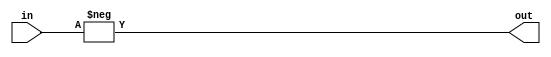

// test_simulation_inc_16_test.v
module f1_test(input [15:0] in, output [15:0] out);

assign out = -in;

endmodule

// test_simulation_inc_1_test.v
module f2_test(input in, output  out);

assign out = -in;

endmodule

// test_simulation_inc_2_test.v
module f3_test(input [1:0] in, output [1:0] out);

assign out = -in;

endmodule

// test_simulation_inc_32_test.v
module f4_test(input [31:0] in, output [31:0] out);

assign out = -in;

endmodule

// test_simulation_inc_4_test.v
module f5_test(input [3:0] in, output [3:0] out);

assign out = -in;

endmodule

// test_simulation_inc_8_test.v
module f6_test(input [7:0] in, output [7:0] out);

assign out = -in;

endmodule